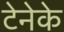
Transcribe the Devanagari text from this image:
टेनेके